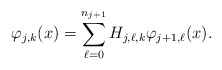
\begin{align*}\varphi_{j,k}(x)=\sum_{\ell=0}^{n_{j+1}} H_{j,\ell,k} \varphi_{j+1,\ell}(x).\end{align*}